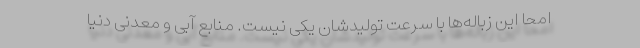
امحا این زباله‌ها با سرعت تولیدشان یکی نیست. منابع آبی و معدنی دنیا